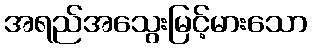
အရည်အသွေးမြင့်မားသော